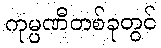
ကုမ္ပဏီတစ်ခုတွင်